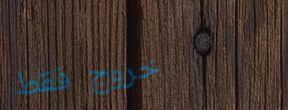
خروج فقط